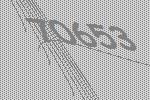
70653